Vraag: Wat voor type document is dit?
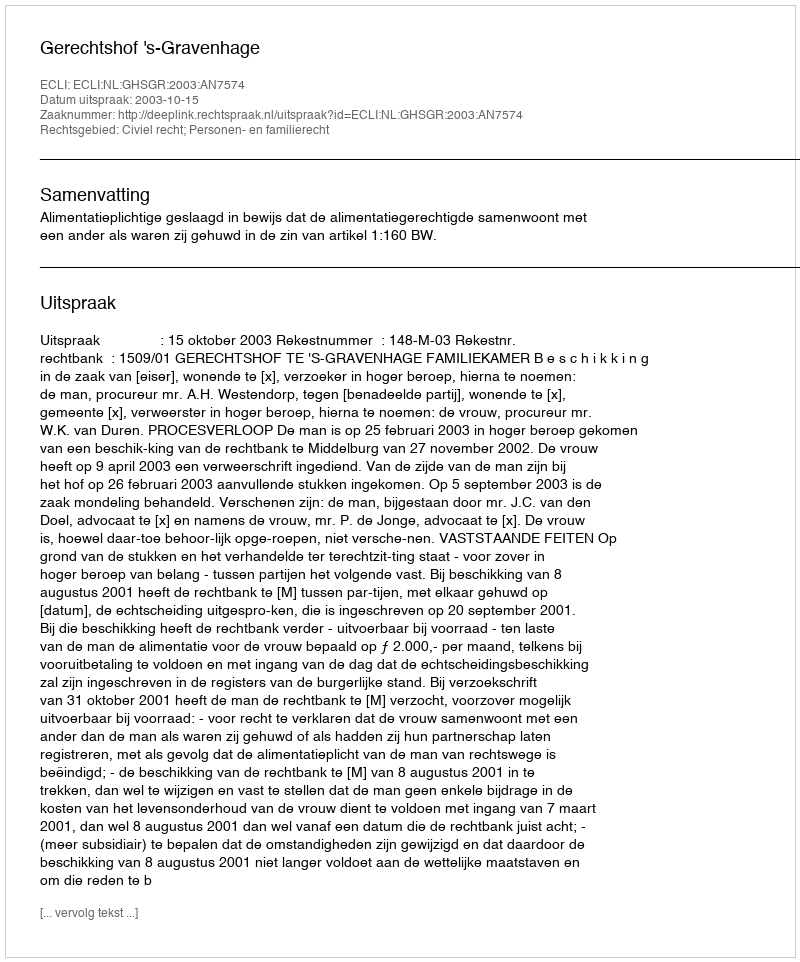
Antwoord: Uitspraak